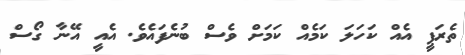
ތެރަޕީ އެއް ކަހަލަ ކަމެއް ކަމަށް ވެސް ބުނެފައެވެ. އެއީ އޭނާ ގޯސް